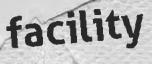
facility